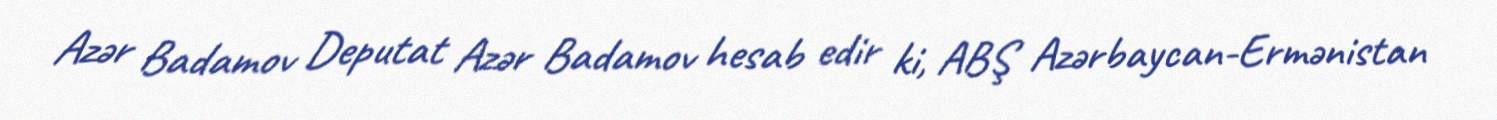
Azər Badamov Deputat Azər Badamov hesab edir ki, ABŞ Azərbaycan-Ermənistan